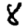
Digit: 8